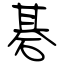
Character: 碁